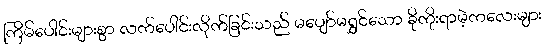
ကြိမ်ပေါင်းများစွာ လက်ပေါင်းလိုက်ခြင်းသည် မပျော်မရွှင်သော ခိုကိုးရာမဲ့ကလေးများ